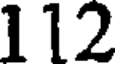
112